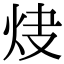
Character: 𤆿